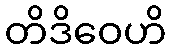
တိဒိဝေဟိ